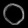
Digit: ၀